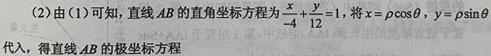
(2)由(1)可知，直线 \(AB\) 的直角坐标方程为 \(\frac{x}{-4}+\frac{y}{12}=1\)，将 \(x = \rho\cos\theta\)，\(y = \rho\sin\theta\) 代入，得直线 \(AB\) 的极坐标方程